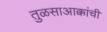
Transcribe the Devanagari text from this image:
तुळसाआक्कांची